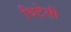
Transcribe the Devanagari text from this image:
विटेसी